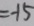
= - 1 5